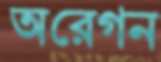
অরেগন